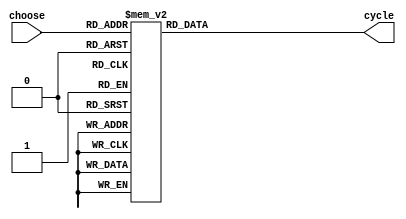
// --------------------------------------------------------------------
// >>>>>>>>>>>>>>>>>>>>>>>>> COPYRIGHT NOTICE <<<<<<<<<<<<<<<<<<<<<<<<<
// --------------------------------------------------------------------
// Module: tone
// 
// 
// Description: tone
// 
// Web: www.stepfapga.com
// 
// --------------------------------------------------------------------
// Code Revision History :
// --------------------------------------------------------------------
// Version: |Mod. Date:   |Changes Made:
// V1.0     |2016/04/20   |Initial ver
// --------------------------------------------------------------------
module music_to_tone
(
input			[4:0]	choose,
output	reg		[15:0]	cycle
);

//PWM
//261.6Hz12MHz
//12M/261.6=45872
//PWMcyclePWM
always@(*) begin
	// case(choose)
    //     5'd0: cycle = 16'd0;//cycle0PWM0
	// 	5'd1: cycle = 16'd45872;	//L1,
	// 	5'd2: cycle = 16'd40858;	//L2,
	// 	5'd3: cycle = 16'd36408;	//L3,
	// 	5'd4: cycle = 16'd34364;	//L4,
	// 	5'd5: cycle = 16'd30612;	//L5,
	// 	5'd6: cycle = 16'd27273;	//L6,
	// 	5'd7: cycle = 16'd24296;	//L7,
	// 	5'd8: cycle = 16'd22931;	//M1,523Hz
	// 	5'd9: cycle = 16'd20432;	//M2,587Hz
	// 	5'd10: cycle = 16'd18201;	//M3,659Hz
	// 	5'd11: cycle = 16'd17180;	//M4,698Hz
	// 	5'd12: cycle = 16'd15306;	//M5,784Hz
	// 	5'd13: cycle = 16'd13636;	//M6,880Hz
	// 	5'd14: cycle = 16'd12148;	//M7,998Hz
	// 	5'd15: cycle = 16'd11478;	//H1,1046Hz
	// 	5'd16: cycle = 16'd10215;	//H2,1174
    //     5'd17: cycle = 16'd9105;	//H3,1318
	// 	5'd18: cycle = 16'd8596;	//H4,1396
    //     5'd19: cycle = 16'd7654;	//H5,1568
	// 	5'd20: cycle = 16'd6819;	//H6,1760
    //     5'd21: cycle = 16'd6073;	//H7,1976
	// 	default:  cycle = 16'd0;		//cycle0PWM0
	// endcase
	case(choose)
        5'd0: cycle = 16'd0;//cycle0PWM0
		5'd1: cycle = 16'd458;	//L1,
		5'd2: cycle = 16'd408;	//L2,
		5'd3: cycle = 16'd364;	//L3,
		5'd4: cycle = 16'd343;	//L4,
		5'd5: cycle = 16'd306;	//L5,
		5'd6: cycle = 16'd272;	//L6,
		5'd7: cycle = 16'd242;	//L7,
		5'd8: cycle = 16'd229;	//M1,523Hz
		5'd9: cycle = 16'd204;	//M2,587Hz
		5'd10: cycle = 16'd182;	//M3,659Hz
		5'd11: cycle = 16'd171;	//M4,698Hz
		5'd12: cycle = 16'd153;	//M5,784Hz
		5'd13: cycle = 16'd136;	//M6,880Hz
		5'd14: cycle = 16'd12;	//M7,998Hz
		5'd15: cycle = 16'd114;	//H1,1046Hz
		5'd16: cycle = 16'd102;	//H2,1174
        5'd17: cycle = 16'd91;	//H3,1318
		5'd18: cycle = 16'd85;	//H4,1396
        5'd19: cycle = 16'd76;	//H5,1568
		5'd20: cycle = 16'd68;	//H6,1760
        5'd21: cycle = 16'd60;	//H7,1976
		default:  cycle = 16'd0;		//cycle0PWM0
	endcase

end
	
endmodule